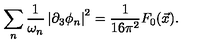
\sum _ { n } \frac { 1 } { \omega _ { n } } \left| \partial _ { 3 } \phi _ { n } \right| ^ { 2 } = \frac { 1 } { 1 6 \pi ^ { 2 } } F _ { 0 } ( \vec { x } ) .